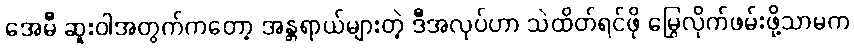
အေမီ ဆူးဝါအတွက်ကတော့ အန္တရာယ်များတဲ့ ဒီအလုပ်ဟာ သဲထိတ်ရင်ဖို မြွေလိုက်ဖမ်းဖို့သာမက